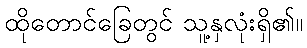
ထိုတောင်ခြေတွင် သူ့နှလုံးရှိ၏။